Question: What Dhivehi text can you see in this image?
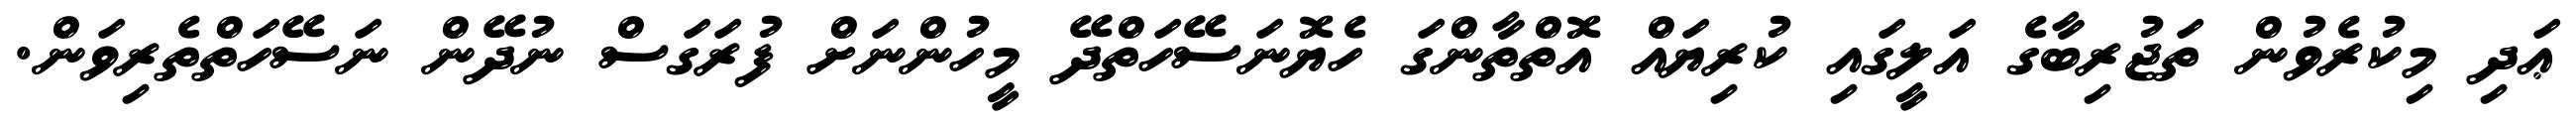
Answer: ޢަދި މިކުރެވުން ތަޖުރިބާގެ އަލީގައި ކުރިޔައް އޮތްތާންގަ ހެޔޮނަސޭހަތްދޭ މީހުންނަށް ފުރަގަސް ނުދޭން ނަސޭހަތްތެރިވަން.